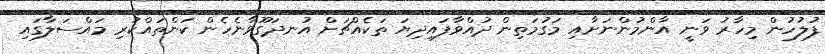
ފުލުހުން މިހާރު ވަނީ އާންމުންނަށާއި މަގުމަތިން ދުއްވާފައިދިޔަ ތަކެއްޗަށް އުނދަގޫވާނެހެން ކަންތައްކުރި މައްސަލާގައި